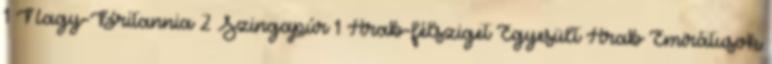
1 Nagy-Britannia 2 Szingapúr 1 Arab-félsziget Egyesült Arab Emirátusok